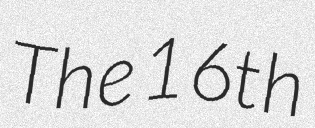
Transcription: The 16th